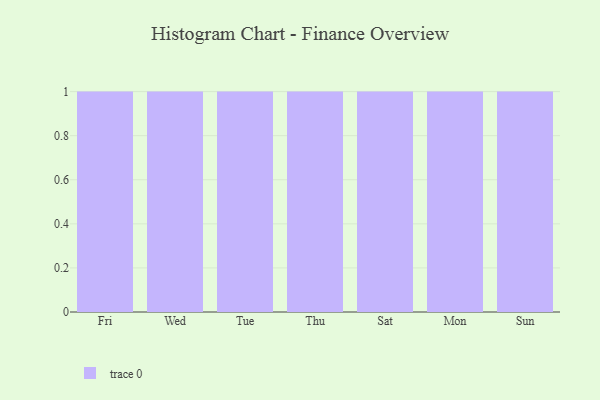
{"axis": {"x": "Day", "y": "Conversion Rate (%)"}, "legend": [""], "data": [{"x": "Fri", "y": 28, "type": ""}, {"x": "Wed", "y": 20, "type": ""}, {"x": "Tue", "y": 66, "type": ""}, {"x": "Thu", "y": 90, "type": ""}, {"x": "Sat", "y": 79, "type": ""}, {"x": "Mon", "y": 77, "type": ""}, {"x": "Sun", "y": 86, "type": ""}]}